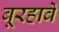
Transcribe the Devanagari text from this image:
बूरहार्वे